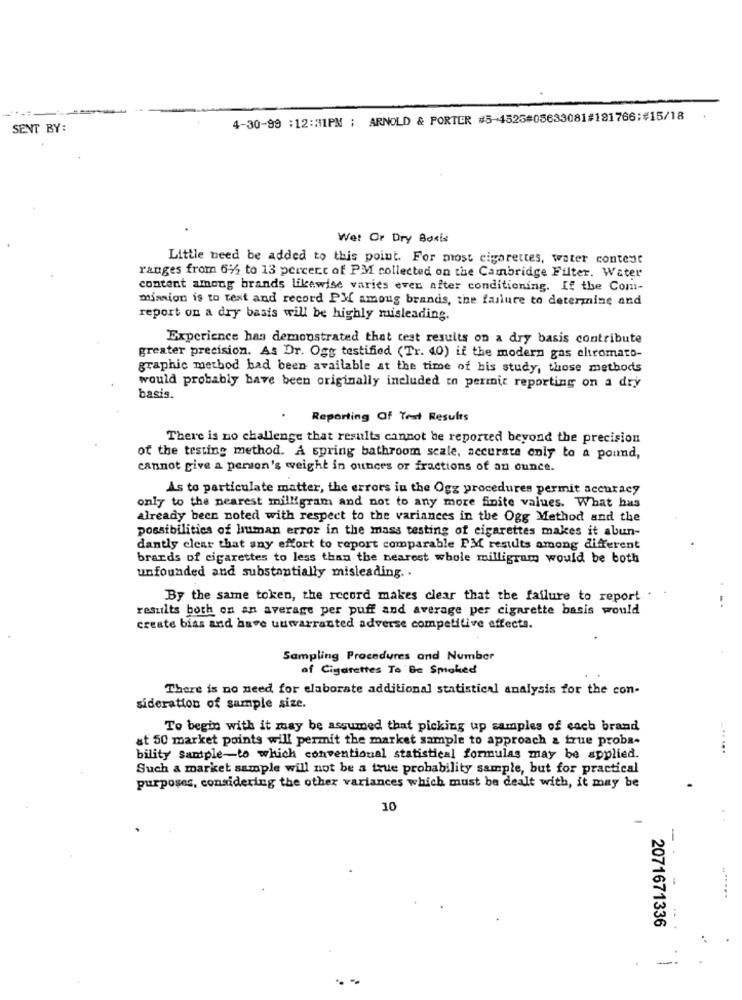
4-30-99 :12:41PM ; ARNOLD & PORTER #5-4525#05633081#181766;#15/18
SENT BY:
We! Or Dry Boris
Little need be added to this point. For most cigarettes, water contest
ranges from 6% to 13 percent of PM collected on the Cambridge Filter. Water
content among brands Likewise varies even after conditioning. If the Com-
mission is to test and record PM among brands, the failure to determine and
report on a dry basis will be highly misleading.
Experience has demonstrated that test results on a dry basis contribute
greater precision. As Dr. Ogg testified (Tr. 40) if the modern gas chromato-
graphic method had been available at the time of bis study, those methods
would probably have been originally included in permit reporting on a dry
basis.
Reporting Of Test Results
There is no challenge that results cannot be reported beyond the precision
of the testing method. A spring bathroom scale, accurate only to a pound,
cannot give a person's weight in ounces or fractions of an ounce.
As to particulate matter, the errors in the Ogg procedures permit accuracy
only to the nearest milligram and not to any more finite values. What has
already been noted with respect to the variances in the Ogg Method and the
possibilities of human error in the mass testing of cigarettes makes it abun-
dantly clear that any effort to report comparable PM results among different
brands of cigarettes to less than the nearest whole milligram would be both
unfounded and substantially misleading ..
By the same token, the record makes clear that the failure to report
results both on an average per puff and average per cigarette basis would
create bias and have uuwarranted adverse competitive effects.
Sampling Procedures and Number
of Cigarettes To Be Smoked
There is no need for elaborate additional statistical analysis for the con-
sideration of sample size.
To begin with it may be assumed that picking up samples of each brand
at 50 market points will permit the market sample to approach & frue proba-
.......
bility sample-to which conventional statistical formulas may be applied.
Such a market sample will not be a true probability sample, but for practical
purposes, considering the other variances which must be dealt with, it may be
10
-
2071671336
--